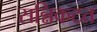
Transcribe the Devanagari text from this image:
सन्निकटत